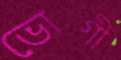
ভোগী